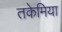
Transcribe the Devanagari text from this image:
तकेमिया